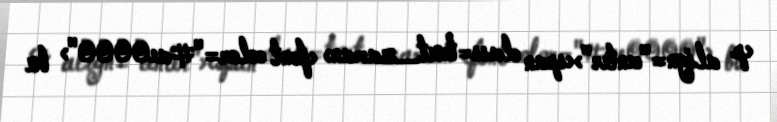
<p align="center"><span class=text_zaman> <font color="#ae0000"> bu